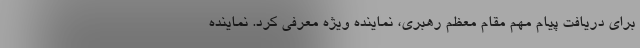
برای دریافت پیام مهم مقام معظم رهبری، نماینده ویژه معرفی کرد. نماینده